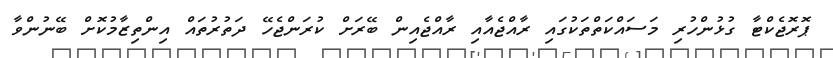
ޕޮރޮޖެކްޓާ ގުޅުންހުރި މަސައްކަތްތަކުގައި ރާއްޖެއާއި ރާއްޖެއިން ބޭރަށް ކުރަންޖެހޭ ދަތުރުތައް އިންތިޒާމުކޮށް ބޭނުންވާ